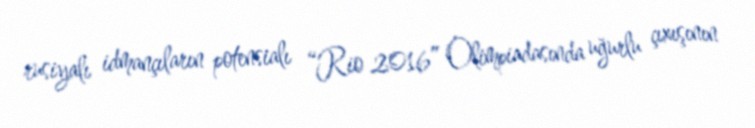
rusiyalı idmançıların potensialı “Rio 2016” Olimpiadasında uğurlu çıxışının